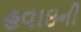
હવાઇની